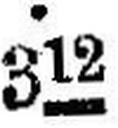
312